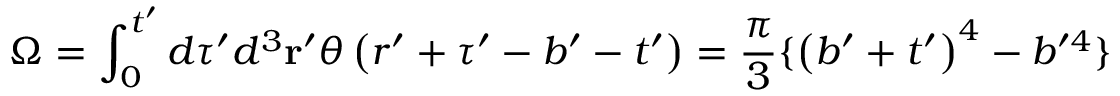
\Omega = \int _ { 0 } ^ { t ^ { \prime } } d \tau ^ { \prime } d ^ { 3 } { \bf r } ^ { \prime } \theta \left( r ^ { \prime } + \tau ^ { \prime } - b ^ { \prime } - t ^ { \prime } \right) = \frac \pi 3 \{ \left( b ^ { \prime } + t ^ { \prime } \right) ^ { 4 } - b ^ { \prime 4 } \}